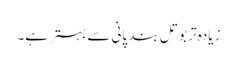
زیادہ تر بوتل بند پانی سے بہتر ہے۔